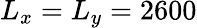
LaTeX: L_{x}=L_{y}=2600